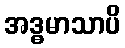
အဒ္ဓမာသာပိ